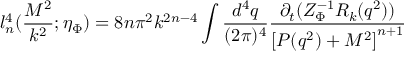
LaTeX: l _ { n } ^ { 4 } ( \frac { M ^ { 2 } } { k ^ { 2 } } ; \eta _ { \Phi } ) = 8 n \pi ^ { 2 } k ^ { 2 n - 4 } \int \frac { d ^ { 4 } q } { ( 2 \pi ) ^ { 4 } } \frac { \partial _ { t } ( Z _ { \Phi } ^ { - 1 } R _ { k } ( q ^ { 2 } ) ) } { \left[ P ( q ^ { 2 } ) + M ^ { 2 } \right] ^ { n + 1 } }